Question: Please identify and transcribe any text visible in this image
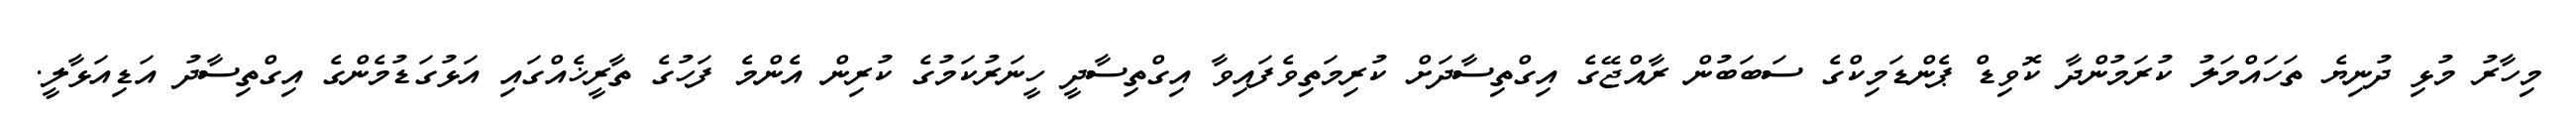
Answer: މިހާރު މުޅި ދުނިޔެ ތަހައްމަލު ކުރަމުންދާ ކޮވިޑް ޕެންޑަމިކްގެ ސަބަބުން ރާއްޖޭގެ އިގްތިސާދަށް ކުރިމަތިވެފައިވާ އިގްތިސާދީ ހީނަރުކަމުގެ ކުރިން އެންމެ ފަހުގެ ތާރީޚެއްގައި އަޅުގަޑުމެންގެ އިގްތިސާދު އަޑިއަޅާލީ.